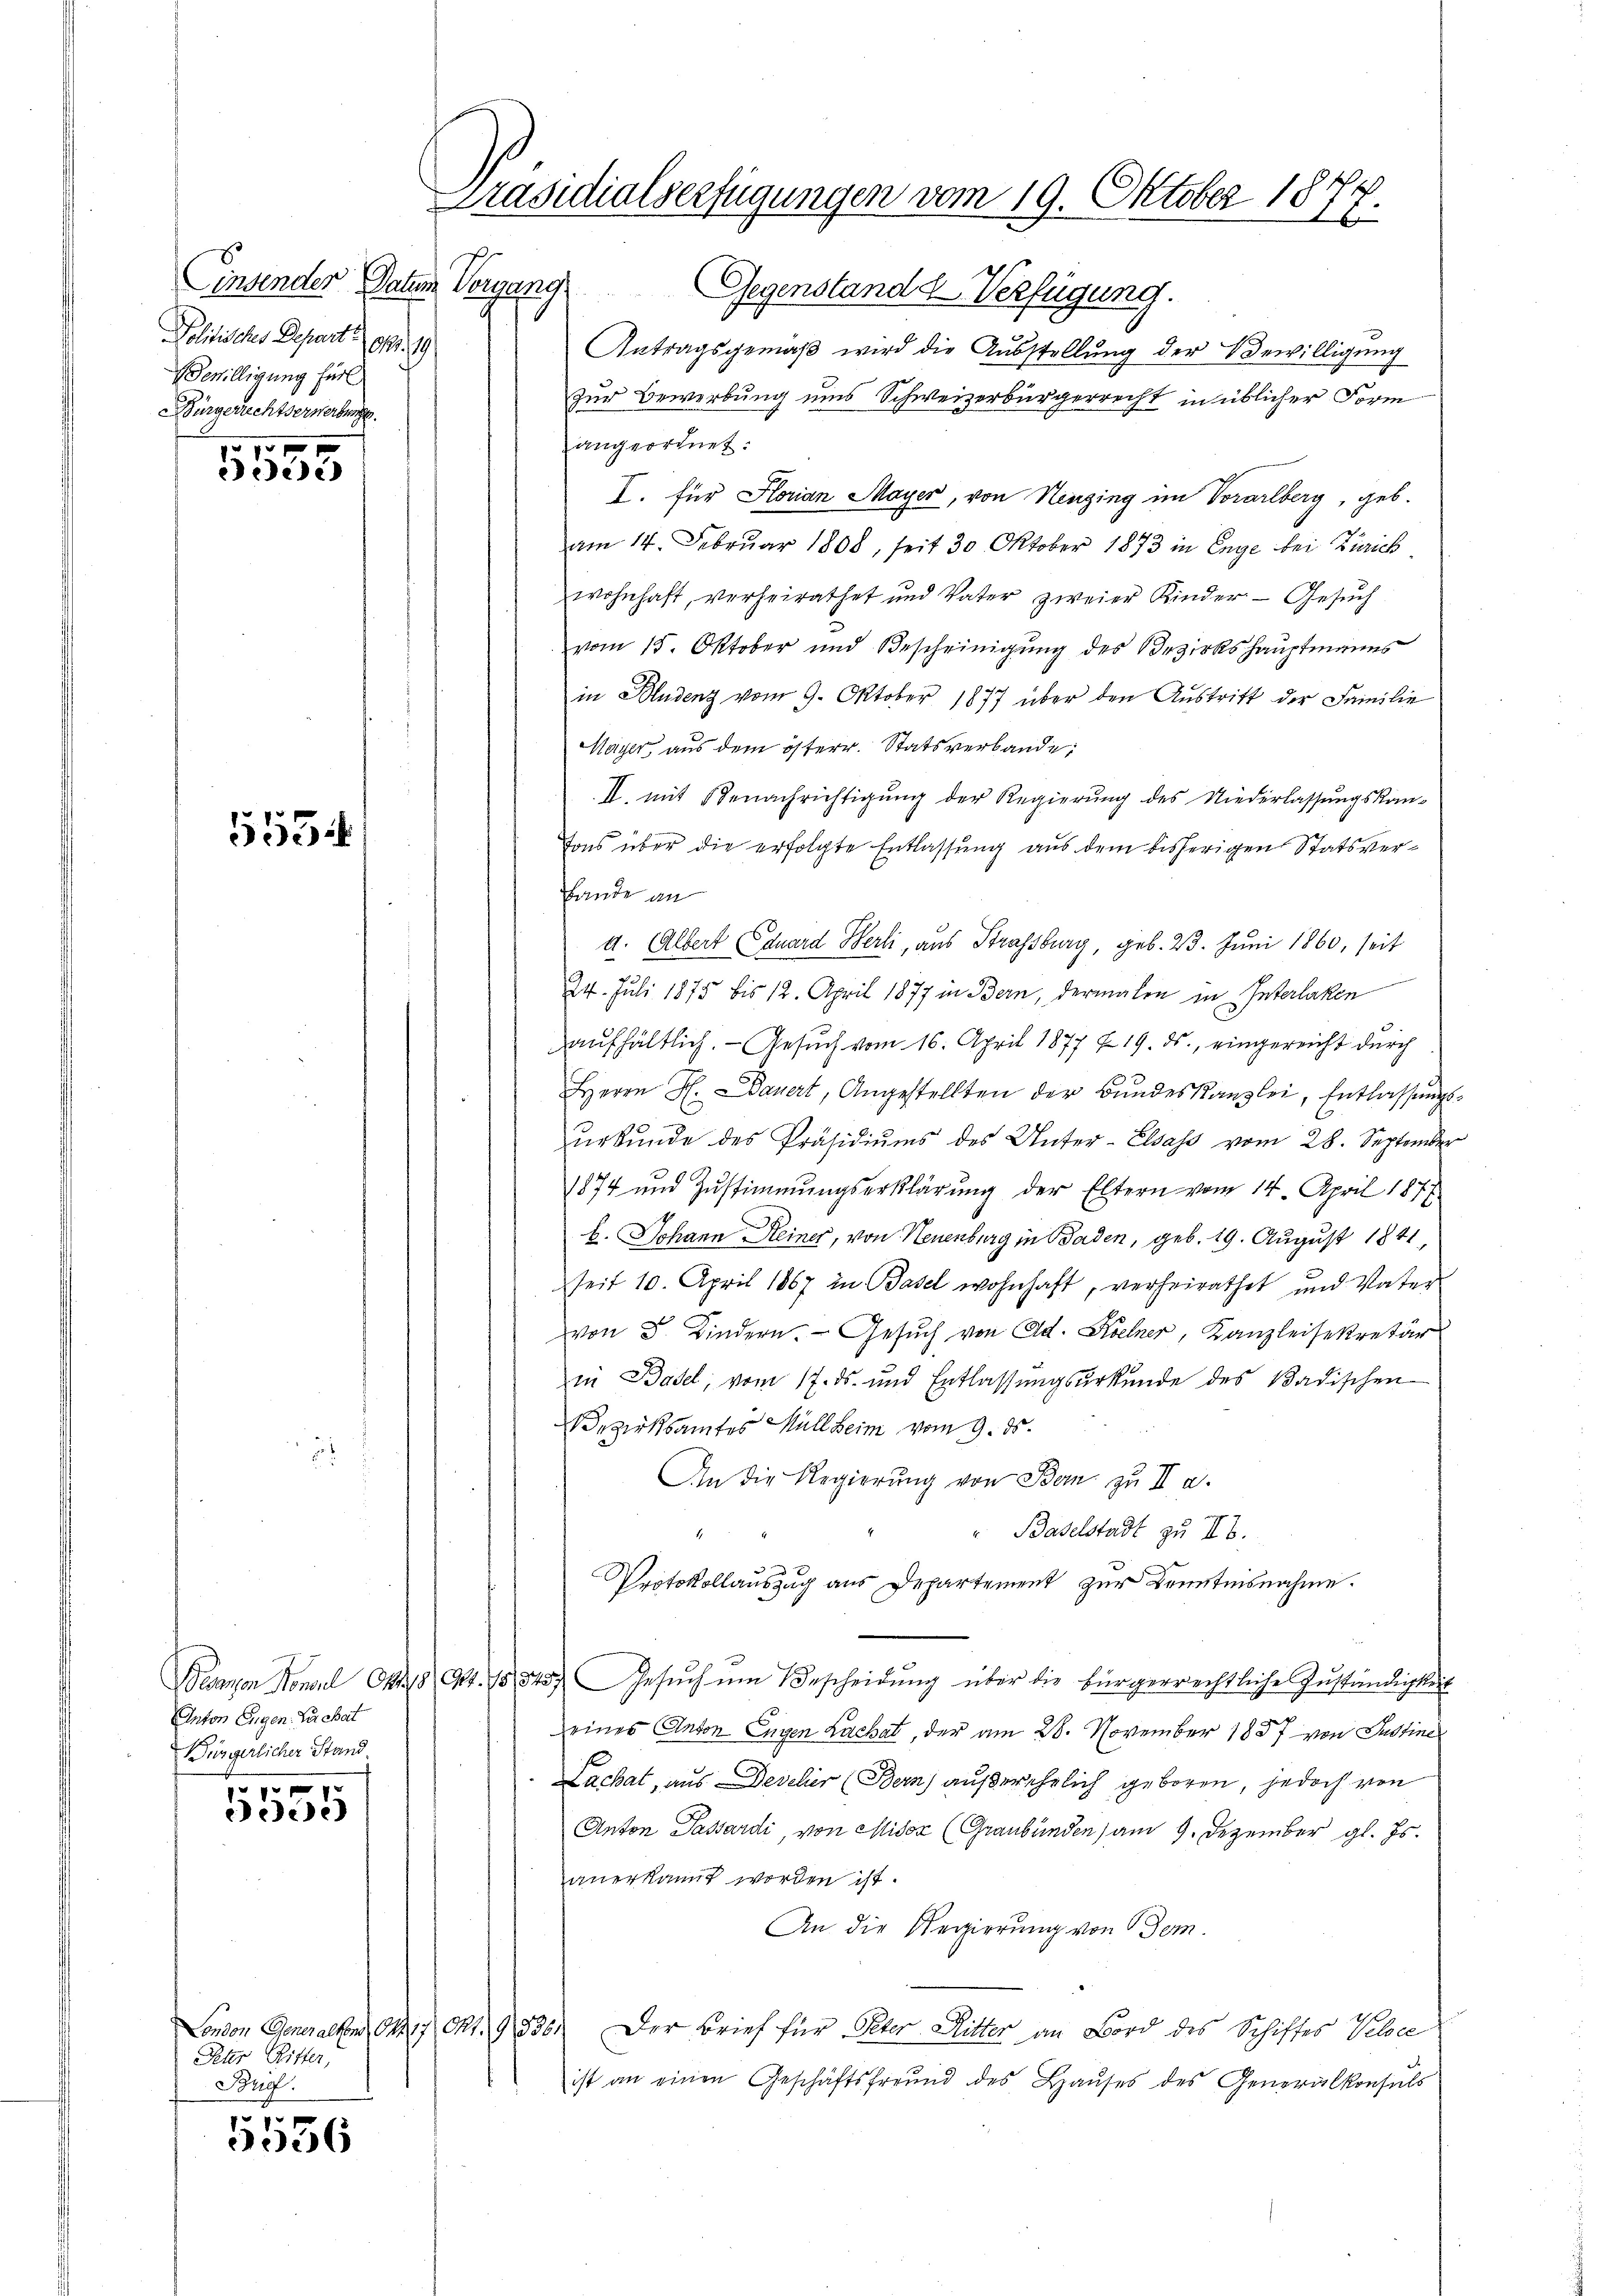
Einsender Paten Vergang
Politisches Depart. 97. 19
willigung für
Bürgerrechtserwerbunge

5555

1553

Siehe

Peter Ritter,
Brief.

1070
6

Gegenstand d Verfügung.
Antragsgemäß wird die Ausstellung der Bewilligung
Zur Bewerbung uns Schweizerbürgerrecht in üblicher Form
angeordnet:
I. für Florian Mayer, von Neuging im Vorarlberg, geb.
am 14. Februar 1808, seit 30 Oktober 1873 in Enge bei Zürich
wohnhaft, verheirathet und Vater zweier Kinder - Gesuch
vom 15. Oktober und Bescheinigung des Bezirkshauptmanns
in Hudenz vom 9. Oktober 1877 über den Aŭstritt der Familie
Mayer aus dem österr. Statsverbande
II. mit Benachrichtigung der Regierung des Niederlassungskan-
Fons über die erfolgte Entlassung aus dem bisherigen Statsver¬
Bande an
a. Albert Eduard Berli, aus Strassburg, geb. 23. Juni 1860, seit
24. Juli 1875 bis 12. April 1877 in Bern, dermalen in Interlaken
aufhältlich. - Gesuch vom 16. April 1877 f. 19. ds., eingereicht durch
Herrn H. Dauert, Angestellten der Bundeskanzlei, Entlassungs
urkunde des Präsidiums des Unter-Elsass vom 28. September
1874 und Zustimmungserklärung der Eltern vom 14. April 1877
b. Johann Keiner, von Neuenburg in Baden, geb. 19. August 1841,
seit 10. April 1867 in Basel wohnhaft, verheirathet und Vater
von d. Kindern. Gesŭch von Ad. Kelner, Kanzleisekretär
in Basel, vom 17. ds. und Entlassungsurkunde des Badischen
Bezirksamtes Müllheim vom 9. ds.
An die Regierŭng von Bern zu III a.
" Baselstadt zu Ib.
Protokollauszug aus Departement zur Kenntnisnahme.
Decanen Monarl C448 Art. 151345) Gesŭch ŭm Bescheidŭng über die bürgerrechtliche Zŭständigkeit
eines Anton Eugen Lachat, der am 28. November 1857 von Justine
Lachat, aus Develier (Bern) außerehelich geboren, jedoch von
Anton Passardi, von Misox (Graubünden) am 9. Dezember gl. Js.
anerkannt worden ist.
An die Regierung von Bem
London Generalten 1427 Okt. 91835.
Der Brief für Peter Ritter an Bord des Schiffes Veloce
ist an einen Geschäftsfreund des Haŭses des Generalkonsuls

Anton Eugen. Der chat
Bürgerlicher Stand
1

Präsidialverfügungen vom 19. Oktober 181
.